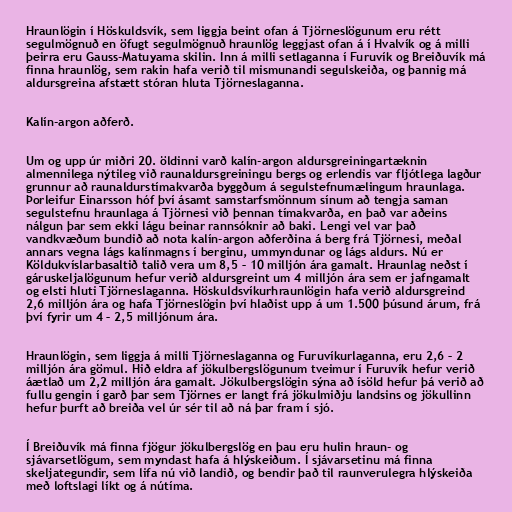
Hraunlögin í Höskuldsvík, sem liggja beint ofan á Tjörneslögunum eru rétt
segulmögnuð en öfugt segulmögnuð hraunlög leggjast ofan á í Hvalvík og á milli
þeirra eru Gauss-Matuyama skilin. Inn á milli setlaganna í Furuvík og Breiðuvík má
finna hraunlög, sem rakin hafa verið til mismunandi segulskeiða, og þannig má
aldursgreina afstætt stóran hluta Tjörneslaganna.

Kalín-argon aðferð.

Um og upp úr miðri 20. öldinni varð kalín-argon aldursgreiningartæknin
almennilega nýtileg við raunaldursgreiningu bergs og erlendis var fljótlega lagður
grunnur að raunaldurstímakvarða byggðum á segulstefnumælingum hraunlaga.
Þorleifur Einarsson hóf því ásamt samstarfsmönnum sínum að tengja saman
segulstefnu hraunlaga á Tjörnesi við þennan tímakvarða, en það var aðeins
nálgun þar sem ekki lágu beinar rannsóknir að baki. Lengi vel var það
vandkvæðum bundið að nota kalín-argon aðferðina á berg frá Tjörnesi, meðal
annars vegna lágs kalínmagns í berginu, ummyndunar og lágs aldurs. Nú er
Köldukvíslarbasaltið talið vera um 8,5 – 10 milljón ára gamalt. Hraunlag neðst í
gáruskeljalögunum hefur verið aldursgreint um 4 milljón ára sem er jafngamalt
og elsti hluti Tjörneslaganna. Höskuldsvíkurhraunlögin hafa verið aldursgreind
2,6 milljón ára og hafa Tjörneslögin því hlaðist upp á um 1.500 þúsund árum, frá
því fyrir um 4 – 2,5 milljónum ára.

Hraunlögin, sem liggja á milli Tjörneslaganna og Furuvíkurlaganna, eru 2,6 – 2
milljón ára gömul. Hið eldra af jökulbergslögunum tveimur í Furuvík hefur verið
áætlað um 2,2 milljón ára gamalt. Jökulbergslögin sýna að ísöld hefur þá verið að
fullu gengin í garð þar sem Tjörnes er langt frá jökulmiðju landsins og jökullinn
hefur þurft að breiða vel úr sér til að ná þar fram í sjó.

Í Breiðuvík má finna fjögur jökulbergslög en þau eru hulin hraun- og
sjávarsetlögum, sem myndast hafa á hlýskeiðum. Í sjávarsetinu má finna
skeljategundir, sem lifa nú við landið, og bendir það til raunverulegra hlýskeiða
með loftslagi líkt og á nútíma.